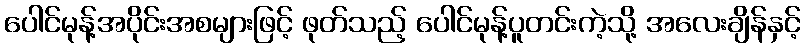
ပေါင်မုန့်အပိုင်းအစများဖြင့် ဖုတ်သည့် ပေါင်မုန့်ပူတင်းကဲ့သို့ အလေးချိန်နှင့်